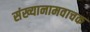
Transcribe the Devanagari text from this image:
संख्यानामवाचक